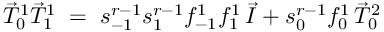
\vec { T } _ { 0 } ^ { 1 } \vec { T } _ { 1 } ^ { 1 } \; = \; s _ { - 1 } ^ { r - 1 } s _ { 1 } ^ { r - 1 } f _ { - 1 } ^ { 1 } f _ { 1 } ^ { 1 } \, \vec { I } + s _ { 0 } ^ { r - 1 } f _ { 0 } ^ { 1 } \, \vec { T } _ { 0 } ^ { 2 }